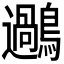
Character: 𪆹